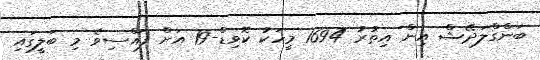
ބަންގްލަދޭޝް އިން އިތުރު 1694 މީހަކު ކޮވިޑް-19 އަށް ފައްސިވެ މި ބަލީގައި